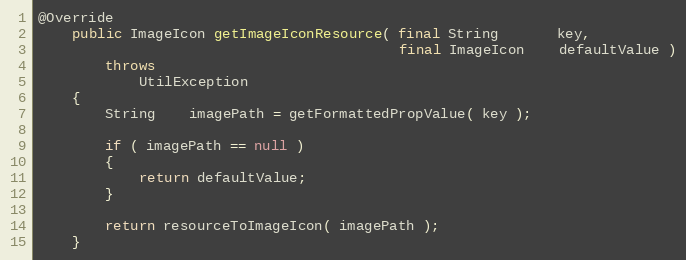
Language: Java
@Override
    public ImageIcon getImageIconResource( final String       key,
                                           final ImageIcon    defaultValue )
        throws
            UtilException
    {
        String    imagePath = getFormattedPropValue( key );

        if ( imagePath == null )
        {
            return defaultValue;
        }

        return resourceToImageIcon( imagePath );
    }